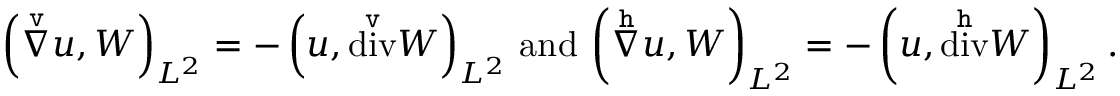
\left( \overset { \mathtt { v } } { \nabla } u , W \right) _ { L ^ { 2 } } = - \left( u , \overset { \mathtt { v } } { \operatorname { d i v } } W \right) _ { L ^ { 2 } } \, \mathrm { a n d } \, \left( \overset { \mathtt { h } } { \nabla } u , W \right) _ { L ^ { 2 } } = - \left( u , \overset { \mathtt { h } } { \operatorname { d i v } } W \right) _ { L ^ { 2 } } .